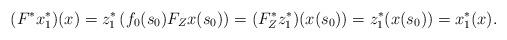
LaTeX: \begin{align*} (F^*x_1^*)(x) = z_1^*\left(f_0(s_0)F_Zx(s_0)\right) =(F_Z^* z_1^*)(x(s_0))= z_1^*(x(s_0))=x_1^*(x). \end{align*}